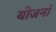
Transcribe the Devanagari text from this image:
योजनां